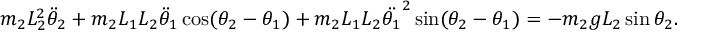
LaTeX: m _ { 2 } L _ { 2 } ^ { 2 } { \ddot { \theta } } _ { 2 } + m _ { 2 } L _ { 1 } L _ { 2 } { \ddot { \theta } } _ { 1 } \cos ( \theta _ { 2 } - \theta _ { 1 } ) + m _ { 2 } L _ { 1 } L _ { 2 } { \ddot { \theta _ { 1 } } } ^ { 2 } \sin ( \theta _ { 2 } - \theta _ { 1 } ) = - m _ { 2 } g L _ { 2 } \sin \theta _ { 2 } .